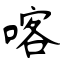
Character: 喀